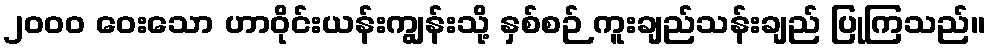
၂၀၀၀ ဝေးသော ဟာဝိုင်းယန်းကျွန်းသို့ နှစ်စဉ် ကူးချည်သန်းချည် ပြုကြသည်။